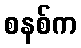
စနစ်က